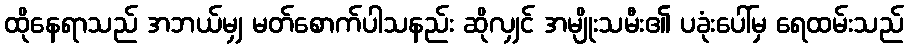
ထိုနေရာသည် အဘယ်မျှ မတ်စောက်ပါသနည်း ဆိုလျှင် အမျိုးသမီး၏ ပခုံးပေါ်မှ ရေထမ်းသည်